Lunatic asylums in Bengal annual reports 1888-1898 - 1888-1898
Year: 1888
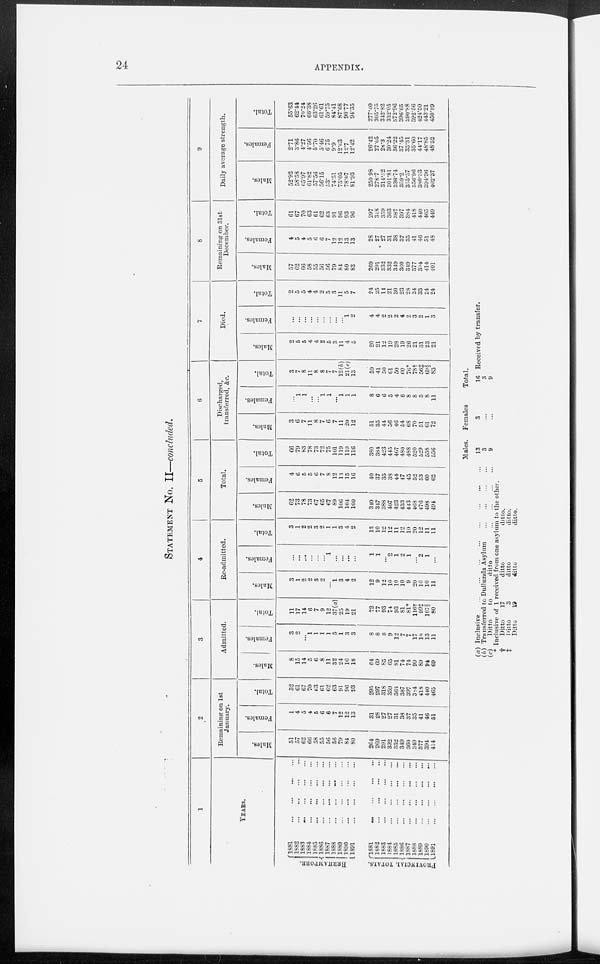
24
APPENDIX.
STATEMENT No. II—concluded.
1
YEARS.
BERHAMPORE.
PROVINCIAL TOTAL.
1881 ...
...
...
...
1882
...
...
...
...
1883 ... ... ... ...
1884 ... ... ... ...
1885
...
...
...
...
1886
...
...
...
...
1887
...
...
...
...
1888 ... ... ... ...
1889
...
...
...
...
1890
...
...
...
...
1891
...
...
...
...
1881
...
...
...
...
1882
...
...
...
...
1883
...
...
...
...
1884
...
...
...
...
1885
...
...
...
...
1886
...
...
...
...
1887
...
...
...
...
1888
...
...
...
...
1889
...
...
...
...
1890
...
...
...
...
1891
...
...
...
...
2
Remaining on 1st
January.
Males.
51
57
62
66
58
55
56
56
79
84
80
264
269
291
332
332
349
360
349
377
394
414
Females.
1
4
5
4
5
6
6
7
12
12
13
31
28
27
27
31
38
37
35
41
46
51
Total.
52
61
67
70
63
61
62
63
91
96
93
295
297
318
359
363
387
397
384
418
440
465
3
Admitted.
Males.
8
15
14
5
6
8
11
32
24
16
18
64
69
85
65
81
74
74
99
89
94
69
Females.
3
2
...
1
1
1
1
5
1
3
3
8
8
8
9
12
7
7
17
10
13
11
Total.
11
17
14
6
7
9
12
37(a)
25
19
21
72
77
93
74
93
81
81*
116†
99‡
107§
80
4
Re-admitted.
Males.
3
1
2
2
3
2
...
1
3
4
2
12
9
12
10
10
10
9
20
10
10
11
Females.
...
...
...
...
...
...
1
...
...
...
...
1
1
...
2
1
2
1
...
2
1
...
Total.
3
1
2
2
3
2
1
1
3
4
2
13
10
12
12
11
12
10
20
12
11
11
5
Total.
Males.
62
73
78
73
67
65
67
89
106
104
100
340
347
388
407
423
433
443
468
476
498
494
Females.
4
6
5
5
6
7
8
12
13
15
16
40
37
35
38
44
47
45
52
53
60
62
Total.
66
79
83
78
73
72
75
101
119
119
116
380
3S4
423
445
467
480
488
520
529
558
556
6
Discharged,
transferred, &c.
Males.
3
6
7
11
8
7
6
7
11
20
12
51
35
44
56
46
54
68
70
51
61
72
Females.
...
1
1
...
...
1
1
...
1
1
1
8
6
6
5
4
6
8
8
5
8
11
Total.
3
7
8
11
8
8
7
7
12(b)
21(c)
13
59
41
50
61
50
60
76*
78†
56‡
69§
83
7
Died.
Males.
2
5
5
4
4
2
5
3
11
4
5
20
21
12
19
28
19
26
21
31
23
21
Females.
...
...
...
...
...
...
...
...
...
1
2
4
4
2
2
2
4
2
3
2
1
3
Total.
2
5
5
4
4
2
5
3
11
5
7
24
25
14
21
30
23
28
24
33
24
24
8
Remaining on 31st
December.
Males.
57
62
66
58
55
56
56
79
84
80
83
269
291
332
332
349
360
349
377
394
414
401
Females.
4
5
4
5
6
6
7
12
12
13
13
28
27
27
31
38
37
35
41
46
51
48
Total.
61
67
70
63
61
62
63
91
96
93
96
297
318
359
363
387
397
384
418
440
465
449
9
Daily average strength.
Males.
52.92
58.58
65.97
61.82
57.56
56.15
53.
74.51
75.05
78.07
81.93
250.98
278.7
314.52
301.81
336.74
359.2
355.57
356.96
380.33
394.36
402.37
Females.
2.71
3.86
4.27
4.56
5.70
5.46
6.75
9.9
12.63
12.7
12.42
26.42
27.05
28.3
30.24
36.22
37.45
35.31
35.60
44.17
48.85
48.52
Total.
55.63
62.44
70.24
66.38
63.26
61.61
59.75
84.41
87.68
90.77
94.35
277.40
305.75
342.82
332.05
372.96
396.65
390.88
392.56
424.50
443.21
450.59
(a) Inclusive
...
...
...
...
...
...
...
...
...
(b) Transferred to Dullunda Asylum
...
...
...
...
(c)
Ditto
to
ditto ... ... ... ...
* Inclusive of 1 received from one asylum to the other.
†
Ditto
17
ditto
ditto.
‡
Ditto
3
ditto
ditto.
Ditto
19
ditto
ditto,
Males.
13
3
9
Females
3
...
...
Total.
16
3
9
Received by transfer.